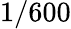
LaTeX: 1/600